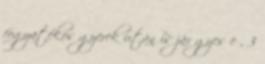
fogyatékos gyerek után is jár gyes e , 3